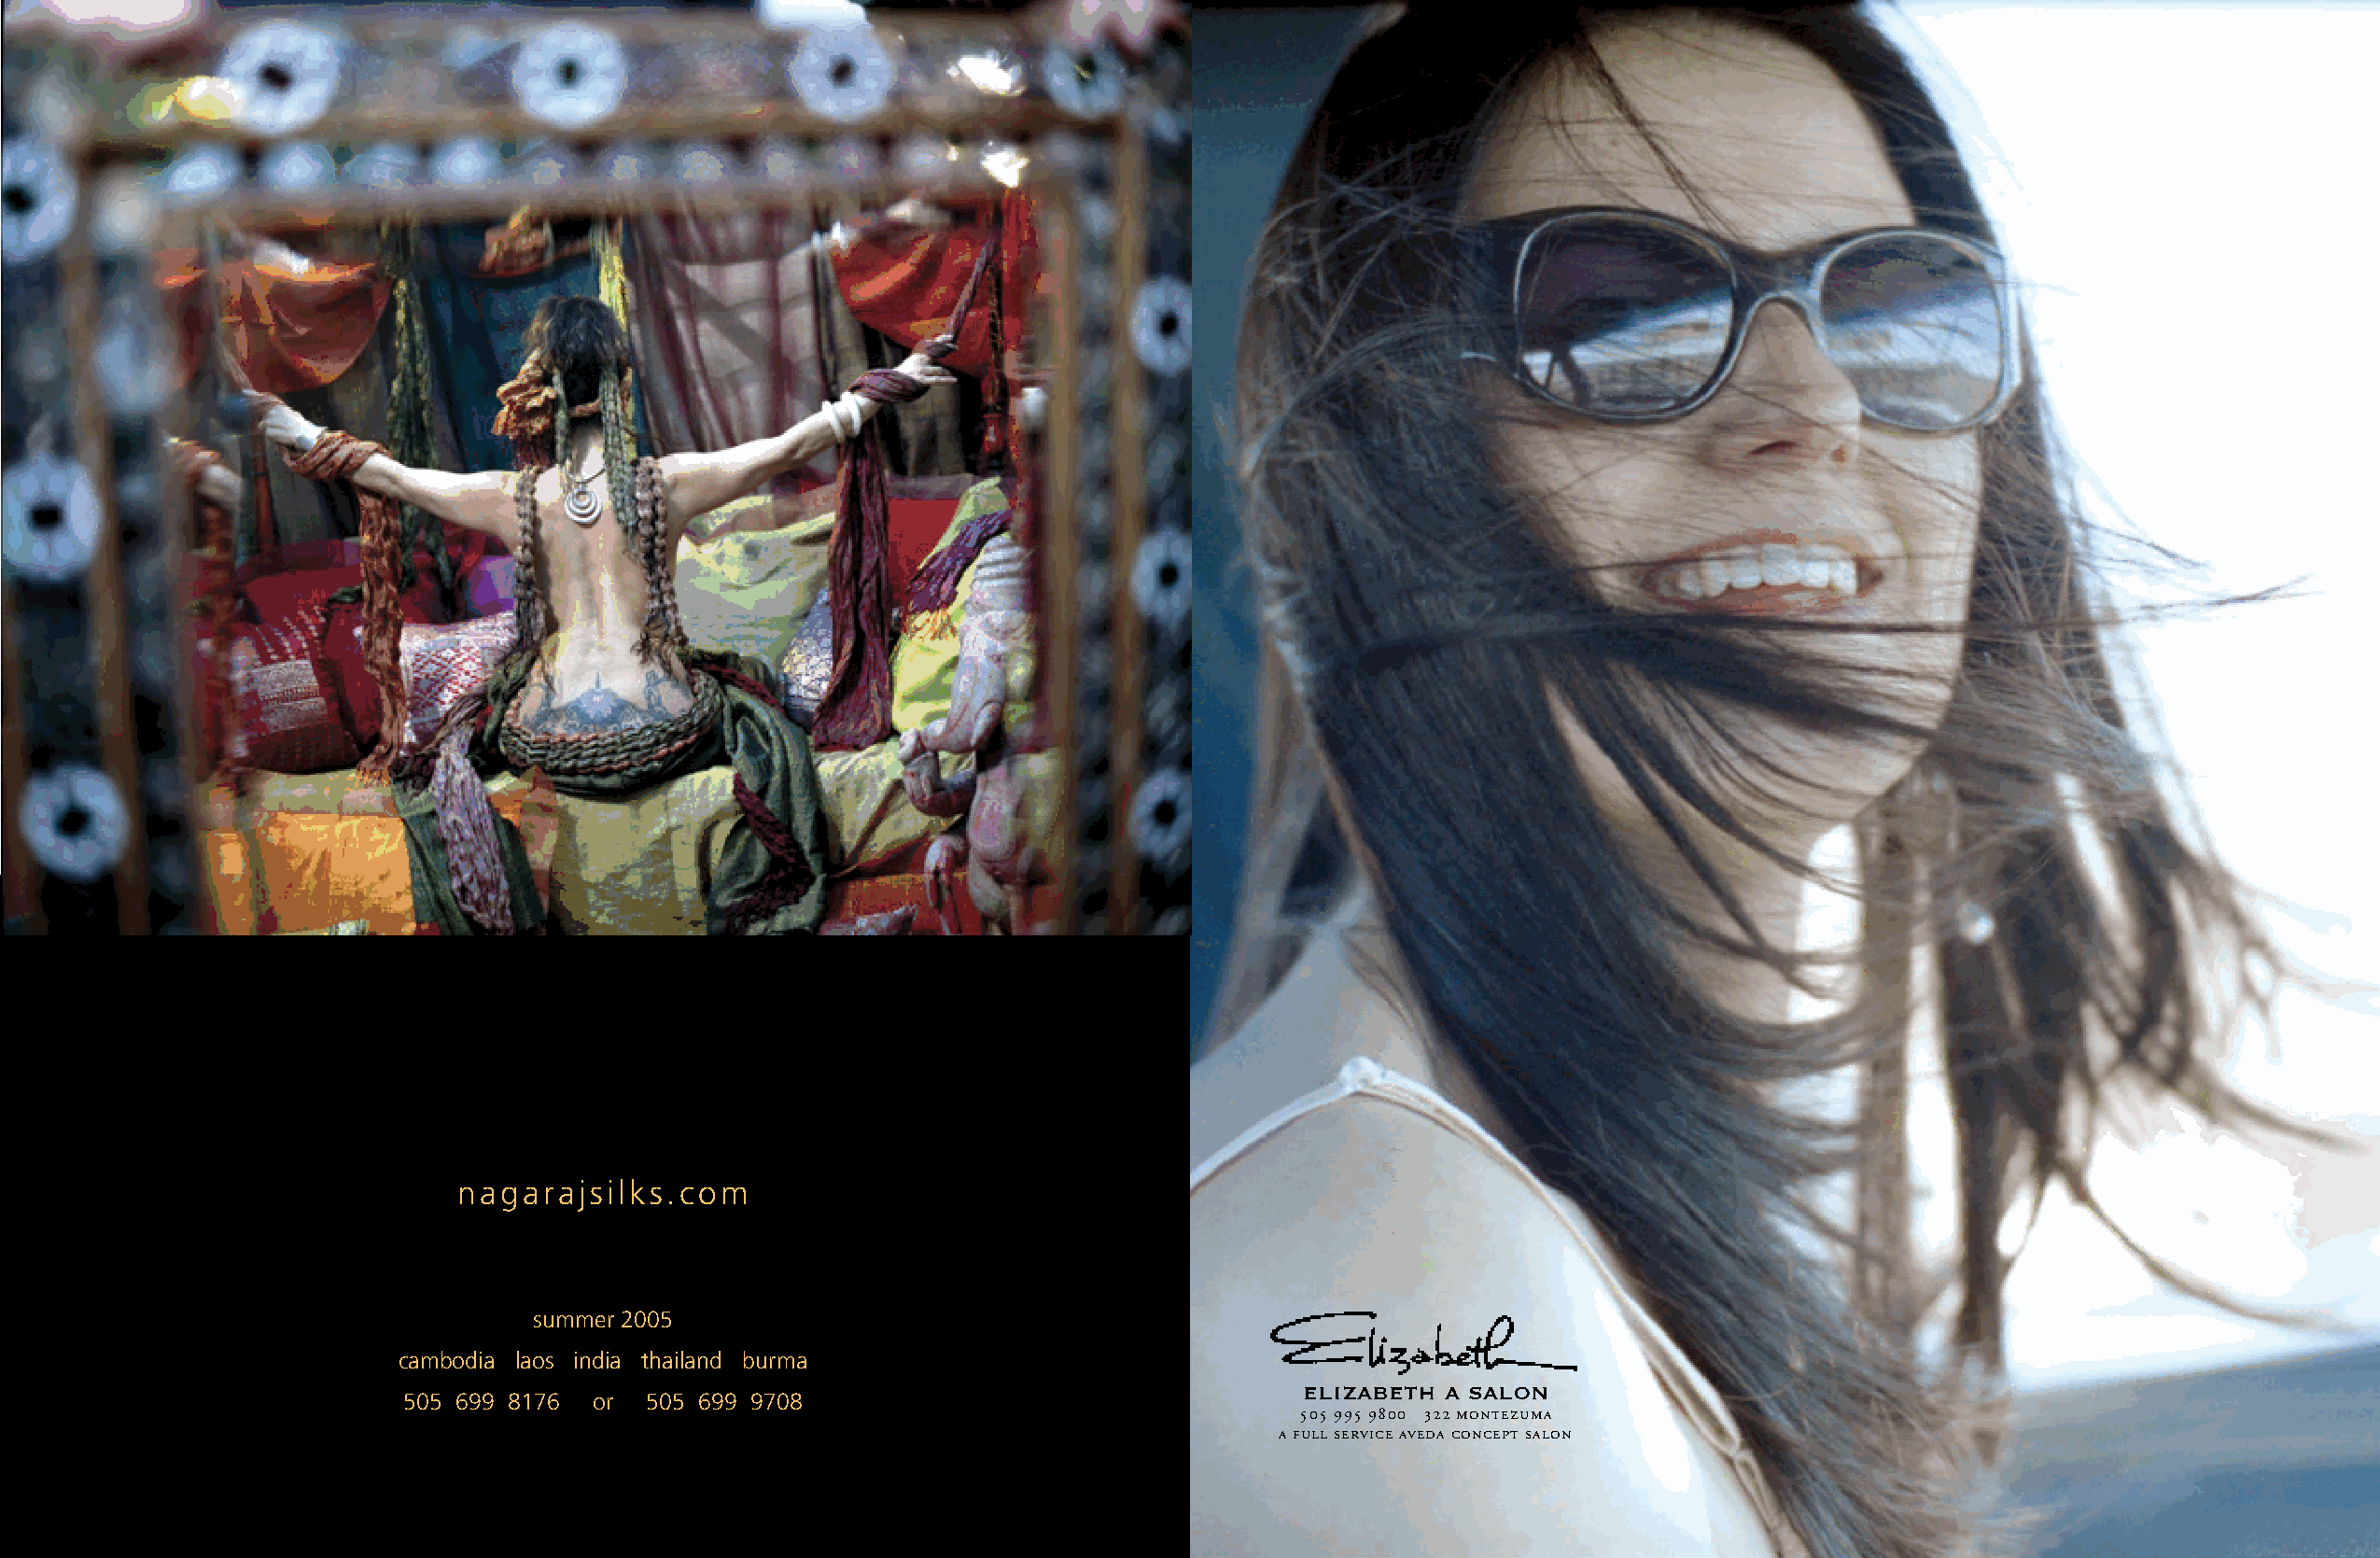
nagarajsilks.com
 summer 2005
 cambodia laos india thailand burma
 elizabeth a salon
 505 699 8176 or  505 699 9708
 505 995 9800 322 montezuma
 a full service aveda concept salon